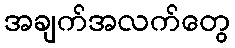
အချက်အလက်တွေ